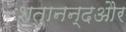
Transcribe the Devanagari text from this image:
शतानन्दऔर